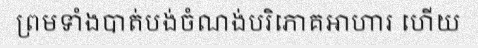
ព្រមទាំងបាត់បង់ចំណង់បរិភោគអាហារ ហើយ